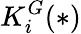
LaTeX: K_{i}^{G}(*)